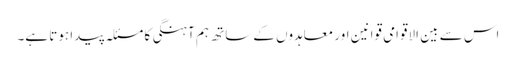
اس سے بین الاقوامی قوانین اور معاہدوں کے ساتھ ہم آہنگی کا مسئلہ پیدا ہوتا ہے۔